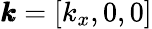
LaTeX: \pmb{k}=[k_{x},0,0]